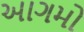
આગમો